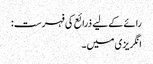
رائے کے لیے ذرائع کی فہرست:
انگریزی میں۔